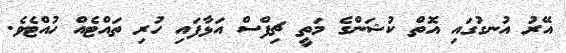
އޭރު އުނގުގައި އޮތް ކުޝަންގެ މަތީ ޗިފްސް އަޅާފައި ހުރި ތައްޓެއް ހުއްޓެވެ.